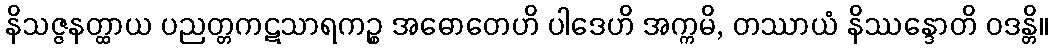
နိသဇ္ဇနတ္ထာယ ပညတ္တကဋသာရကဉ္စ အဓောတေဟိ ပါဒေဟိ အက္ကမိ, တဿာယံ နိဿန္ဒောတိ ဝဒန္တိ။